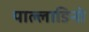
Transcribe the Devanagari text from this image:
पाल्लाडिनो